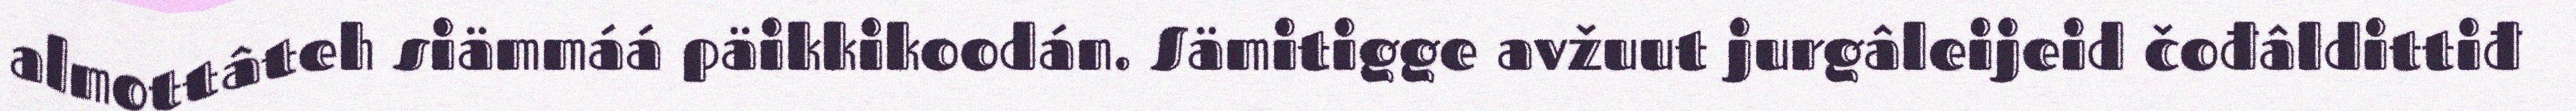
almottâteh siämmáá päikkikoodán. Sämitigge avžuut jurgâleijeid čođâldittiđ